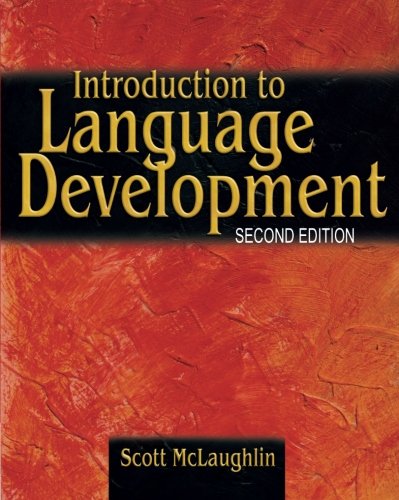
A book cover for Introduction to Language Development; Scott F. McLaughlin; Medical Books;